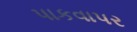
પાકવાપર